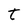
Character: t